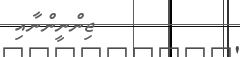
ޖިންނީންނާއި